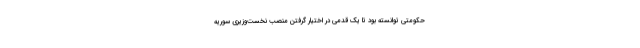
حکومتی توانسته بود تا یک قدمی در اختیار گرفتن منصب نخست‌وزیری سوریه